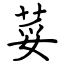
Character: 荽